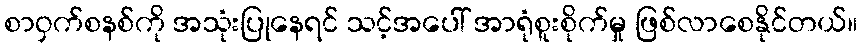
စာဝှက်စနစ်ကို အသုံးပြုနေရင် သင့်အပေါ် အာရုံစူးစိုက်မှု ဖြစ်လာစေနိုင်တယ်။